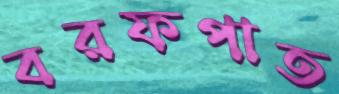
বরফপাত